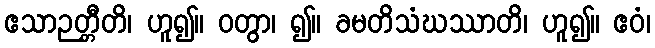
ဧသာဉတ္တီတိ၊ ဟူ၍။ ဝတွာ၊ ၍။ ခမတိသံဃဿာတိ၊ ဟူ၍။ ဧဝံ၊